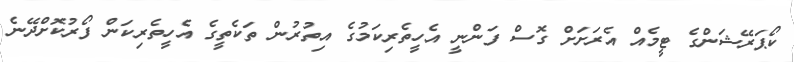
ކޯޕަރޭޝަންގެ ޓީމެއް އެރަށަށް ގޮސް ފަންނީ އެހީތެރިކަމުގެ އިތުރުން ތަކެތީގެ އެހީތެރިކަން ފޯރުކޮށްދޭނެ